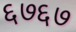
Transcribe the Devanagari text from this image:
६७६७